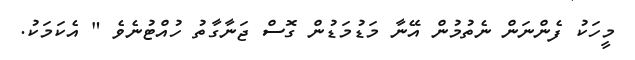
މީހަކު ފެންނަން ނެތުމުން އޭނާ މަޑުމަޑުން ގޮސް ޖަނާގާތު ހުއްޓުނެވެ " އެކަމަކު.